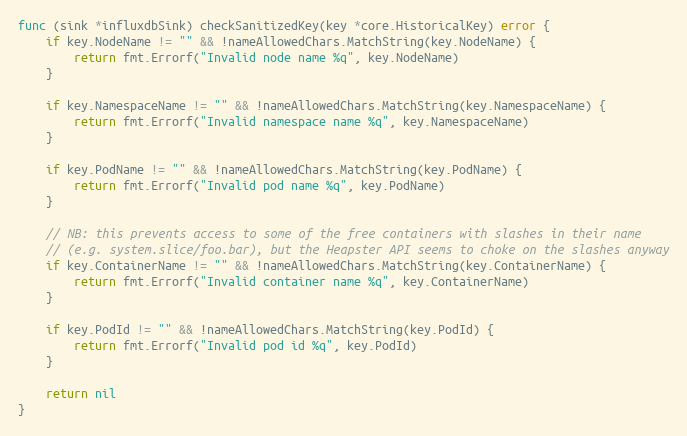
Language: Go
func (sink *influxdbSink) checkSanitizedKey(key *core.HistoricalKey) error {
	if key.NodeName != "" && !nameAllowedChars.MatchString(key.NodeName) {
		return fmt.Errorf("Invalid node name %q", key.NodeName)
	}

	if key.NamespaceName != "" && !nameAllowedChars.MatchString(key.NamespaceName) {
		return fmt.Errorf("Invalid namespace name %q", key.NamespaceName)
	}

	if key.PodName != "" && !nameAllowedChars.MatchString(key.PodName) {
		return fmt.Errorf("Invalid pod name %q", key.PodName)
	}

	// NB: this prevents access to some of the free containers with slashes in their name
	// (e.g. system.slice/foo.bar), but the Heapster API seems to choke on the slashes anyway
	if key.ContainerName != "" && !nameAllowedChars.MatchString(key.ContainerName) {
		return fmt.Errorf("Invalid container name %q", key.ContainerName)
	}

	if key.PodId != "" && !nameAllowedChars.MatchString(key.PodId) {
		return fmt.Errorf("Invalid pod id %q", key.PodId)
	}

	return nil
}